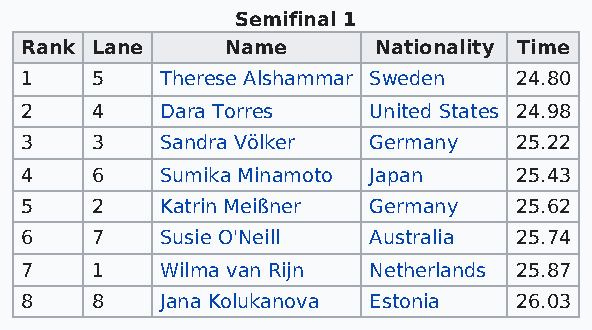
Semifinal 1
 Rank Lane     Name      Nationality Time
 1    5    Therese Alshammar Sweden 24.80
 2    4    Dara Torres  United States 24.98
 3    3    Sandra Völker Germany  25.22
 4    6    Sumika Minamoto Japan  25.43
 5    2    Katrin Meißner Germany 25.62
 6    7    Susie O'Neill Australia 25.74
 7    1    Wilma van Rijn Netherlands 25.87
 8    8    Jana Kolukanova Estonia 26.03